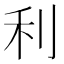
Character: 利